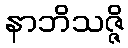
နာဘိသဇ္ဇိ